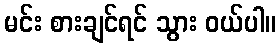
မင်း စားချင်ရင် သွား ဝယ်ပါ။